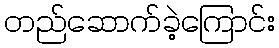
တည်ဆောက်ခဲ့ကြောင်း